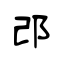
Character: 邔